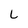
Character: L